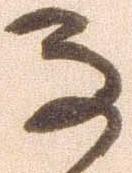
な